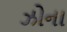
ઝોના